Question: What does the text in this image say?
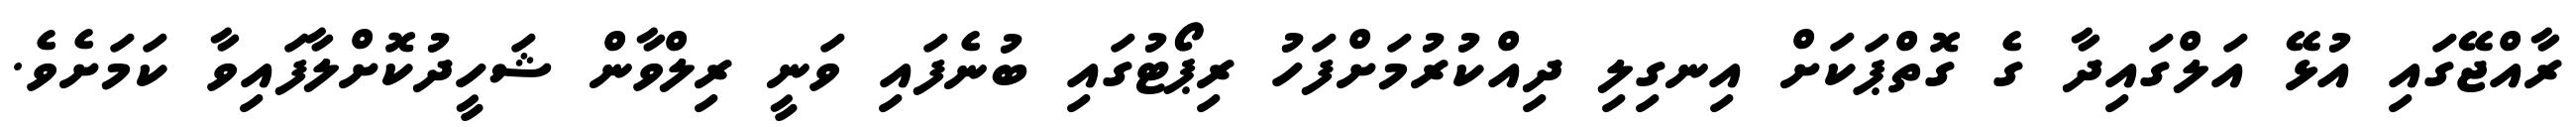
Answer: ރާއްޖޭގައި އުޅޭ އަލްގައިދާ ގެ ގޮތްޕަކަށް އިނގިލި ދިއްކުރުމަށްފަހު ރިޕޯޓުގައި ބުނެފައި ވަނީ ރިލްވާން ޝަހީދުކޮށްލާފައިވާ ކަމަށެވެ.